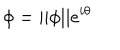
LaTeX: \phi = | | \phi | | e ^ { i \theta }